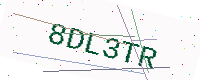
Text: 8DL3TR